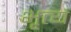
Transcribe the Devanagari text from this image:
भृत्‍य